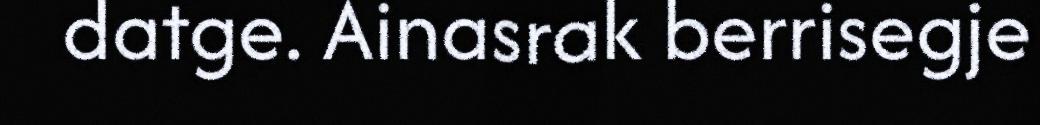
datge. Ainasrak berrisegje